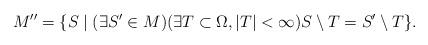
LaTeX: \begin{align*}M''= \{S \mid (\exists S' \in M)(\exists T \subset \Omega, |T|<\infty) S \setminus T = S' \setminus T \}.\end{align*}